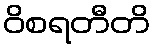
ဝိစရတီတိ